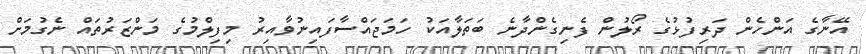
އޭނާގެ އަންހެން ދަރިފުޅުގެ ރޯލުން ފެނިގެންދާނެ ބަތަލާއަކު ހަމަޖައްސާފައިނުވާއިރު މިފިލްމުގެ މަންޒަރުތައް ނެގުމަށް